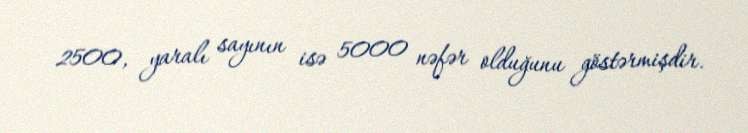
2500, yaralı sayının isə 5000 nəfər olduğunu göstərmişdir.